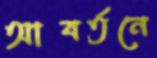
আবর্তনে